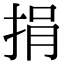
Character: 捐